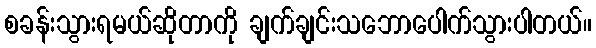
စခန်းသွားရမယ်ဆိုတာကို ချက်ချင်းသဘောပေါက်သွားပါတယ်။